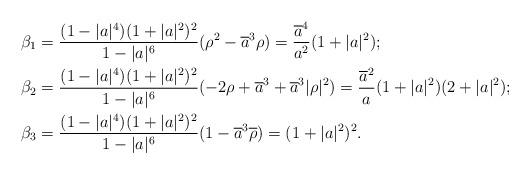
LaTeX: \begin{align*}\beta_1&=\frac{(1-|a|^4)(1+|a|^2)^2}{1-|a|^6}(\rho^2-\overline{a}^3\rho)=\frac{\overline{a}^4}{a^2}(1+|a|^2);\\\beta_2&=\frac{(1-|a|^4)(1+|a|^2)^2}{1-|a|^6}(-2\rho+\overline{a}^3+\overline{a}^3|\rho|^2)=\frac{\overline{a}^2}{a}(1+|a|^2)(2+|a|^2);\\\beta_3&=\frac{(1-|a|^4)(1+|a|^2)^2}{1-|a|^6}(1-\overline{a}^3\overline{\rho})=(1+|a|^2)^2.\end{align*}